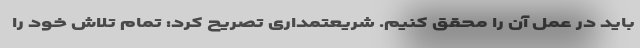
باید در عمل آن را محقق کنیم. شریعتمداری تصریح کرد: تمام تلاش خود را